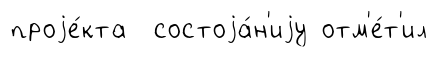
проjе́кта состоjа́н'иjу отм'е́т'ил